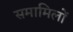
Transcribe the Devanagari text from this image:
समामिलों